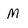
Character: M